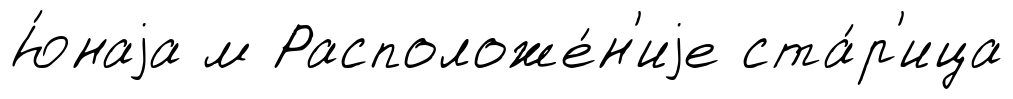
Ю́наjа м Расположе́н'иjе ста́р'ица